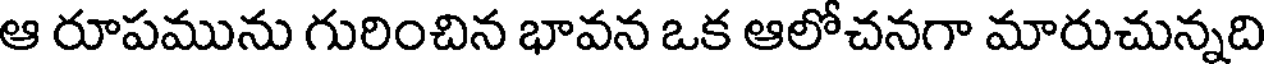
ఆ రూపమును గురించిన భావన ఒక ఆలోచనగా మారుచున్నది